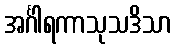
အင်္ဂါရကာသုသဒိသာ